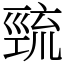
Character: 巰